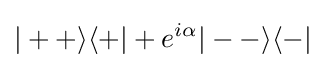
|++\rangle \langle +|+e^{i\alpha }|--\rangle \langle -|